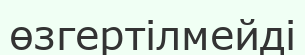
өзгертілмейді